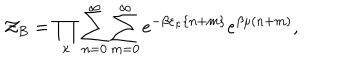
{ \cal Z } _ { B } = \prod _ { \kappa } \sum _ { n = 0 } ^ { \infty } \sum _ { m = 0 } ^ { \infty } e ^ { - \beta \varepsilon _ { \kappa } \{ n + m \} } e ^ { \beta \mu ( n + m ) } ,